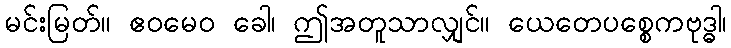
မင်းမြတ်။ ဧဝမေဝ ခေါ၊ ဤအတူသာလျှင်။ ယေတေပစ္စေကဗုဒ္ဓါ၊